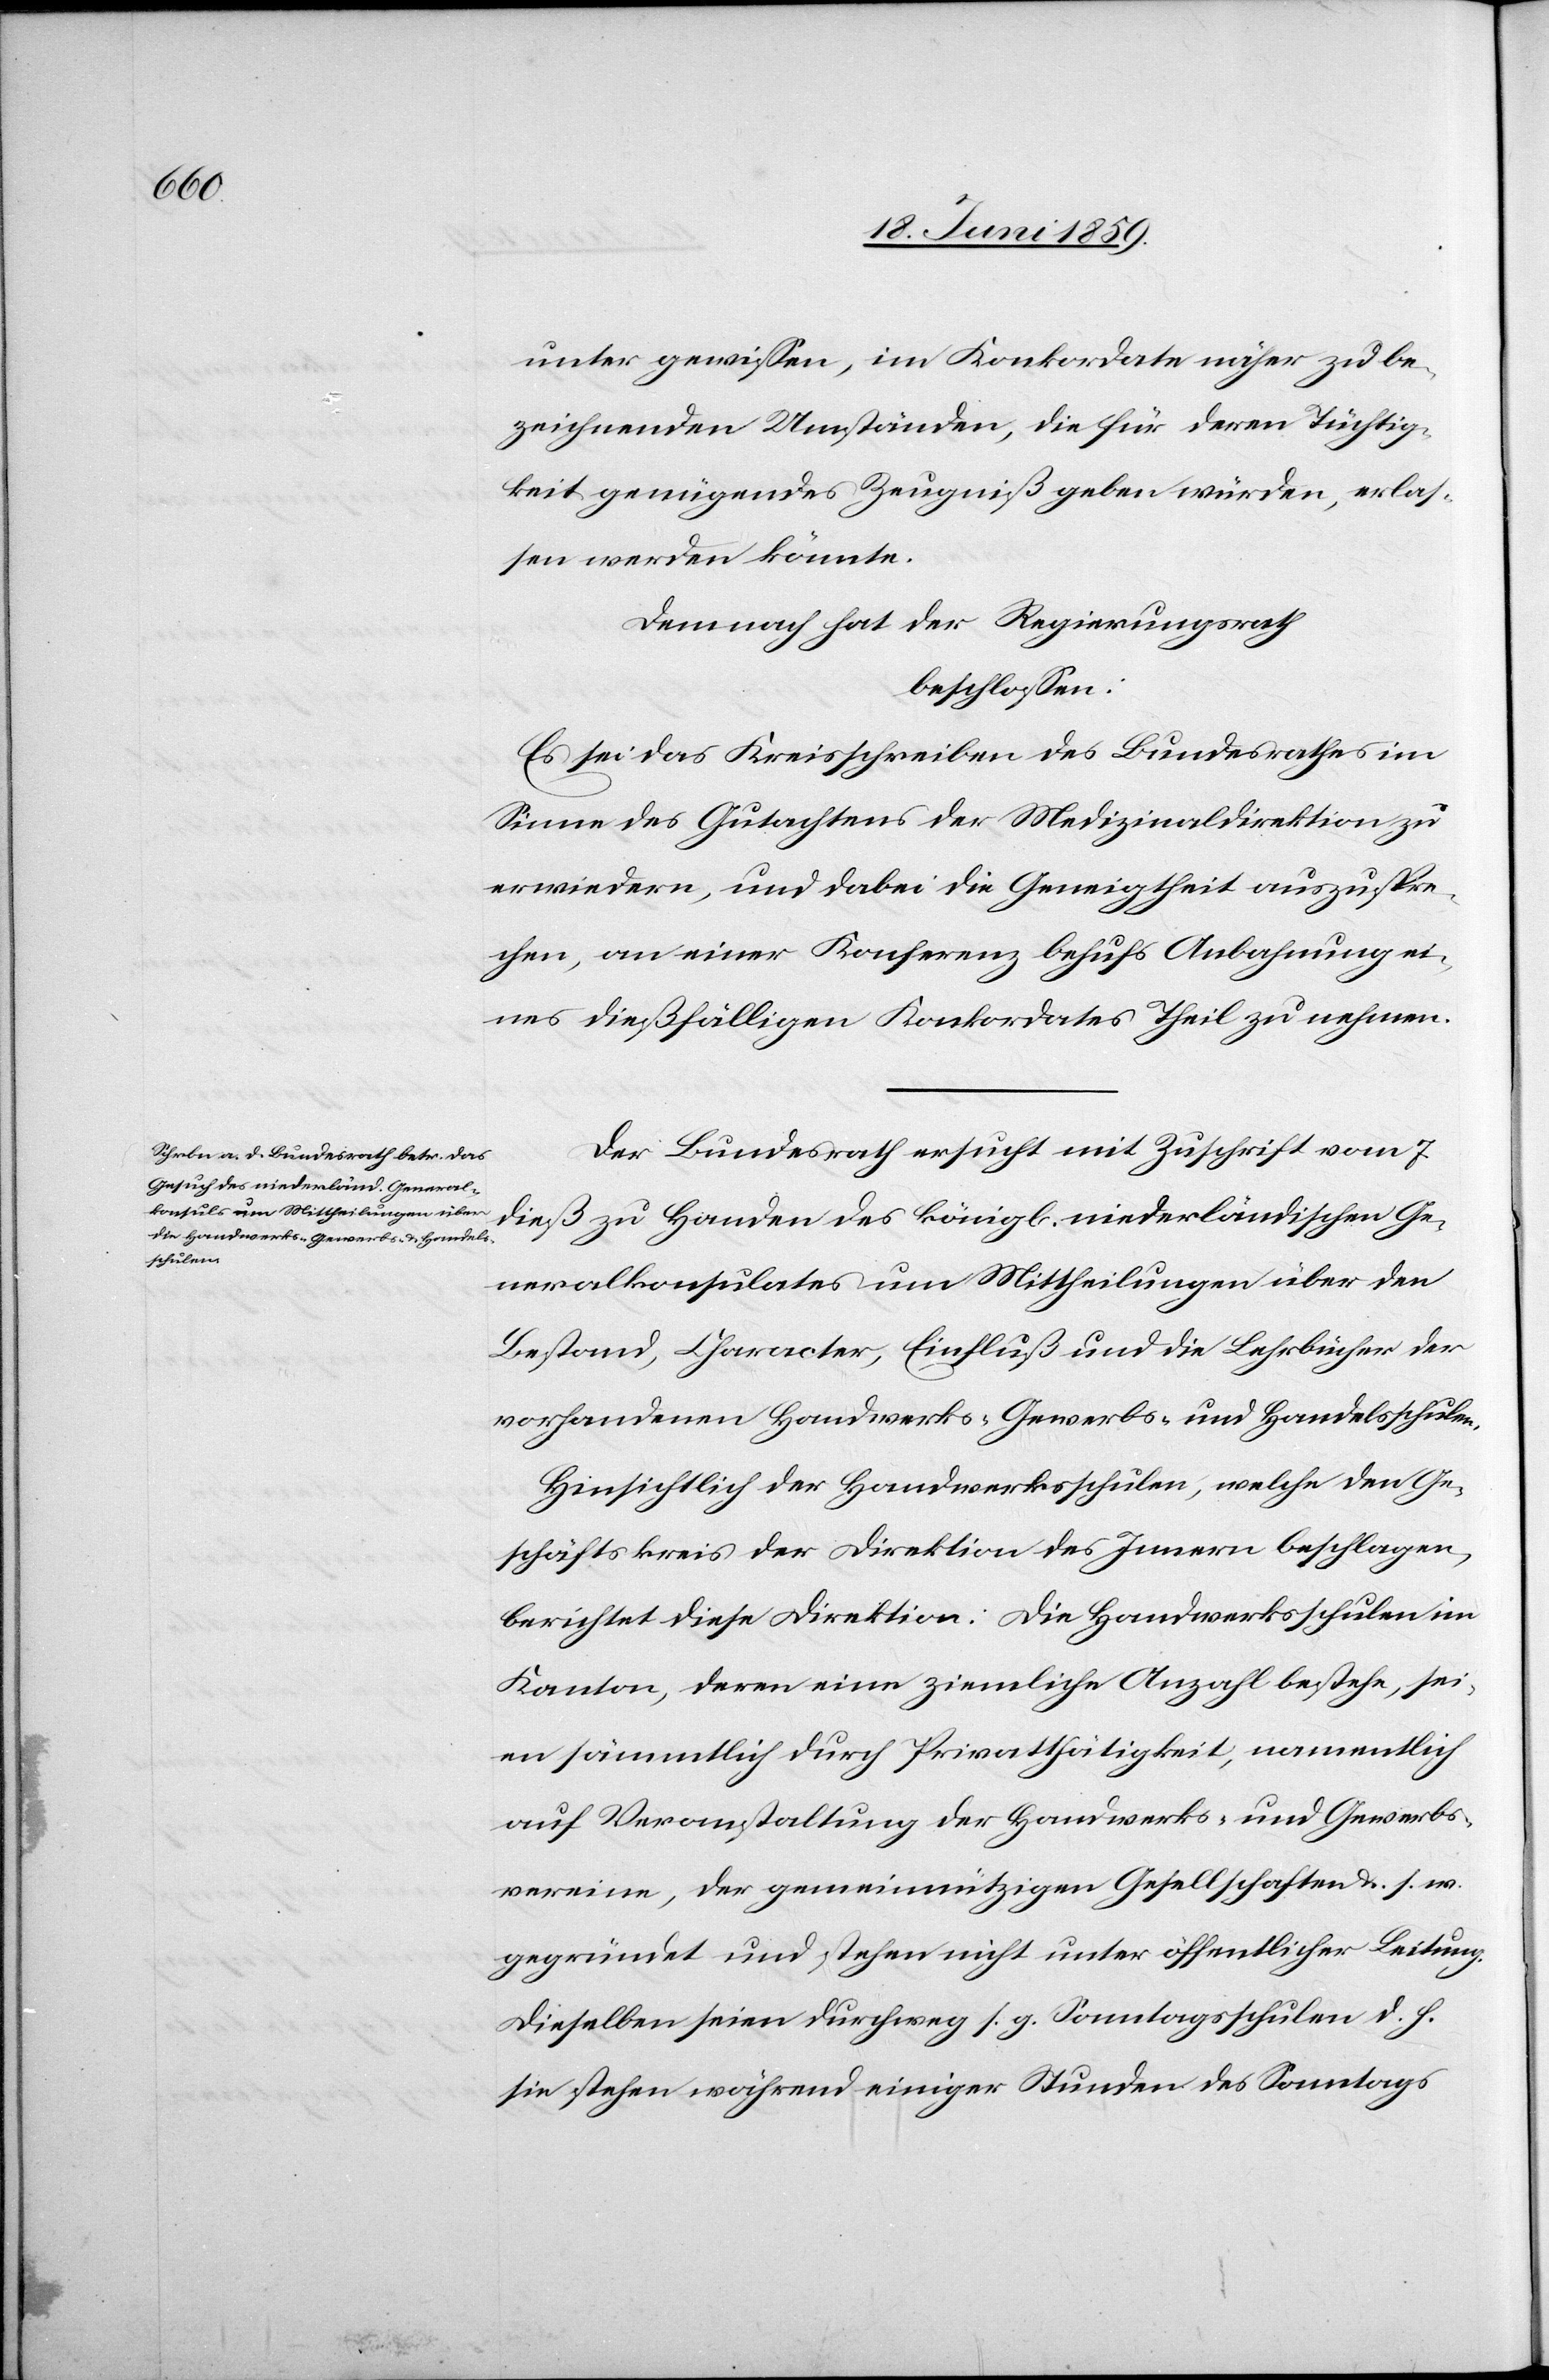
unter gewissen, im Konkordate näher zu be¬
zeichnenden Umständen, die für deren Tüchtig¬
keit genügendes Zeugniß geben würden, erlas¬
sen werden könnte.
Demnach hat der Regierungsrath
beschlossen:
Es sei das Kreisschreiben des Bundesrathes im
Sinne des Gutachtens der Medizinaldirektion zu
erwiedern, und dabei die Geneigtheit auszuspre¬
chen, an einer Konferenz behufs Anbahnung ei¬
nes dießfälligen Konkordates Theil zu nehmen.
Der Bundesrath ersucht mit Zuschrift vom 7.
dieß zu Handen des königl. niederländischen Ge¬
neralkonsulates um Mittheilungen über den
Bestand, Character, Einfluß und die Lehrbücher der
vorhandenen Handwerks-[,] Gewerbs- und Handelsschulen,
Hinsichtlich der Handwerksschulen, welche den Ge¬
schäftskreis der Direktion des Innern beschlagen,
berichtet diese Direktion: Die Handwerksschulen im
Kanton, deren eine ziemliche Anzahl bestehe, sei¬
en sämmtlich durch Privatthätigkeit, namentlich
auf Veranstaltung der Handwerks- und Gewerbs¬
vereiene, der gemeinnützigen Gesellschaften u. s. w.
gegründet und stehen nicht unter öffentlicher Leitung.
Dieselben seien durchweg s. g. Sonntagsschulen d. h.
sie stehen während einiger Stunden des Sonntags